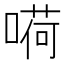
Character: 嗬